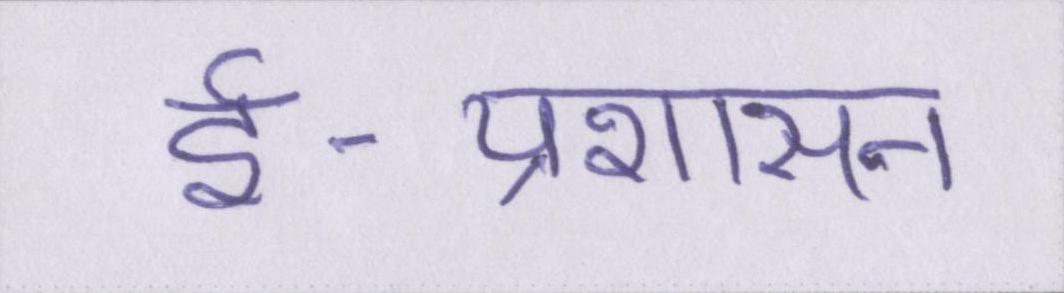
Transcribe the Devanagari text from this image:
ई-प्रशासन